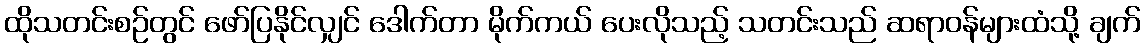
ထိုသတင်းစဉ်တွင် ဖော်ပြနိုင်လျှင် ဒေါက်တာ မိုက်ကယ် ပေးလိုသည့် သတင်းသည် ဆရာဝန်များထံသို့ ချက်